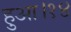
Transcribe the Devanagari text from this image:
हुआ।१४